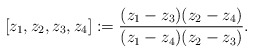
\begin{align*}[z_1, z_2, z_3, z_4] := \frac{(z_1- z_3)(z_2 - z_4)}{(z_1 - z_4)(z_2- z_3)}.\end{align*}